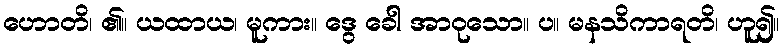
ဟောတိ၊ ၏။ ယထာယ၊ မူကား။ ဒွေ ခေါ အာဝုသော။ ပ။ မနသိကာရတိ၊ ဟူ၍။